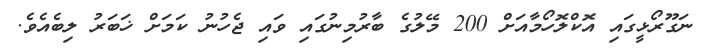
ނަގޫރޯޅީގައި އޮކްލޮހޯމާއަށް 200 މޭލުގެ ބާރުމިނުގައި ވައި ޖެހުނު ކަމަށް ޚަބަރު ލިބެއެވެ.